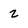
Character: 2